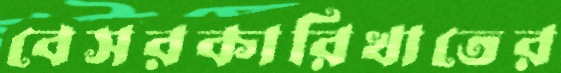
বেসরকারিখাতের